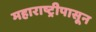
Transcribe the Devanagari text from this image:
महाराष्ट्रीपासून